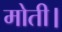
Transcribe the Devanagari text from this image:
मोती।